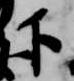
下